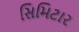
સિમિટાર